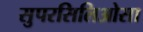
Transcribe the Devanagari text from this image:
सुपरसिलिओसा